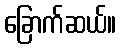
ခြောက်ဆယ်။